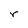
Character: r